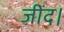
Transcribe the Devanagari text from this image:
जींद।